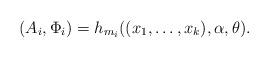
LaTeX: \begin{align*}(A_i , \Phi_i) = h_{m_i}((x_1, \ldots ,x_k), \alpha , \theta).\end{align*}